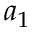
a _ { 1 }